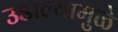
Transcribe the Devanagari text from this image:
उडाल्यामुळे